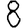
Digit: 8